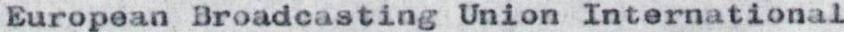
European Broadcasting Union International